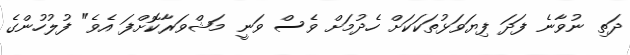
ދަތި ނުވާނެ ފަދަ ފިޔަވަޅުތަކަކަށް ހެދުމަށް ވެސް ވަނީ މަޝްވަރާކޮށްފަ އެވެ" ފުލުހުންގެ